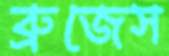
ব্রুজেস